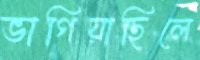
ভাগিয়াছিলে